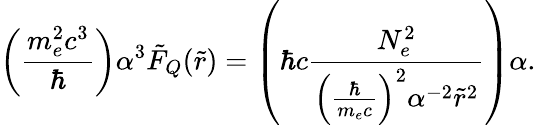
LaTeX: \left(\frac{m_{e}^{2}c^{3}}{\hbar}\right)\alpha^{3}\tilde{F}_{Q}(\tilde{r})=\left(\hbar c\frac{N_{e}^{2}}{\left(\frac{\hbar}{m_{e}c}\right)^{2}\alpha^{-2}\tilde{r}^{2}}\right)\alpha.